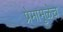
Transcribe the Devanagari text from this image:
प्रेमामुळेच